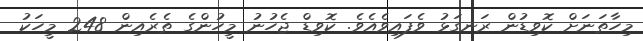
މިހާތަނަށް ކޮވިޑުން ރަނގަޅު ވެފައިވެއެވެ. ކޮވިޑް ޖެހުނު މީހުންގެ ތެރެއިން 248 މީހަކު